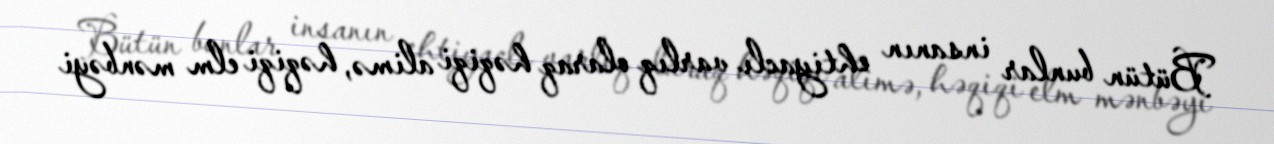
Bütün bunlar insanın ehtiyaclı varlıq olaraq həqiqi alimə, həqiqi elm mənbəyi